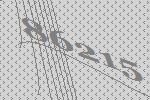
86215